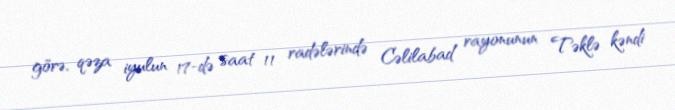
görə, qəza iyulun 17-də saat 11 radələrində Cəlilabad rayonunun Təklə kəndi